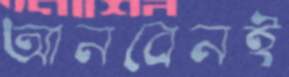
আনবেনই